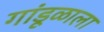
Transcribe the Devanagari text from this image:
गांडूळाला